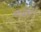
નહાય